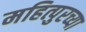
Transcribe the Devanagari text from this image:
महित्पुरच्या